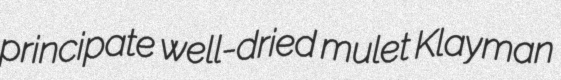
principate well-dried mulet Klayman